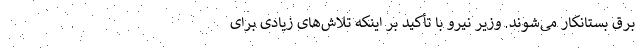
برق بستانکار می‌شوند. وزیر نیرو با تأکید بر اینکه تلاش‌های زیادی برای